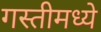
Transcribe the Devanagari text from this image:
गस्तीमध्ये